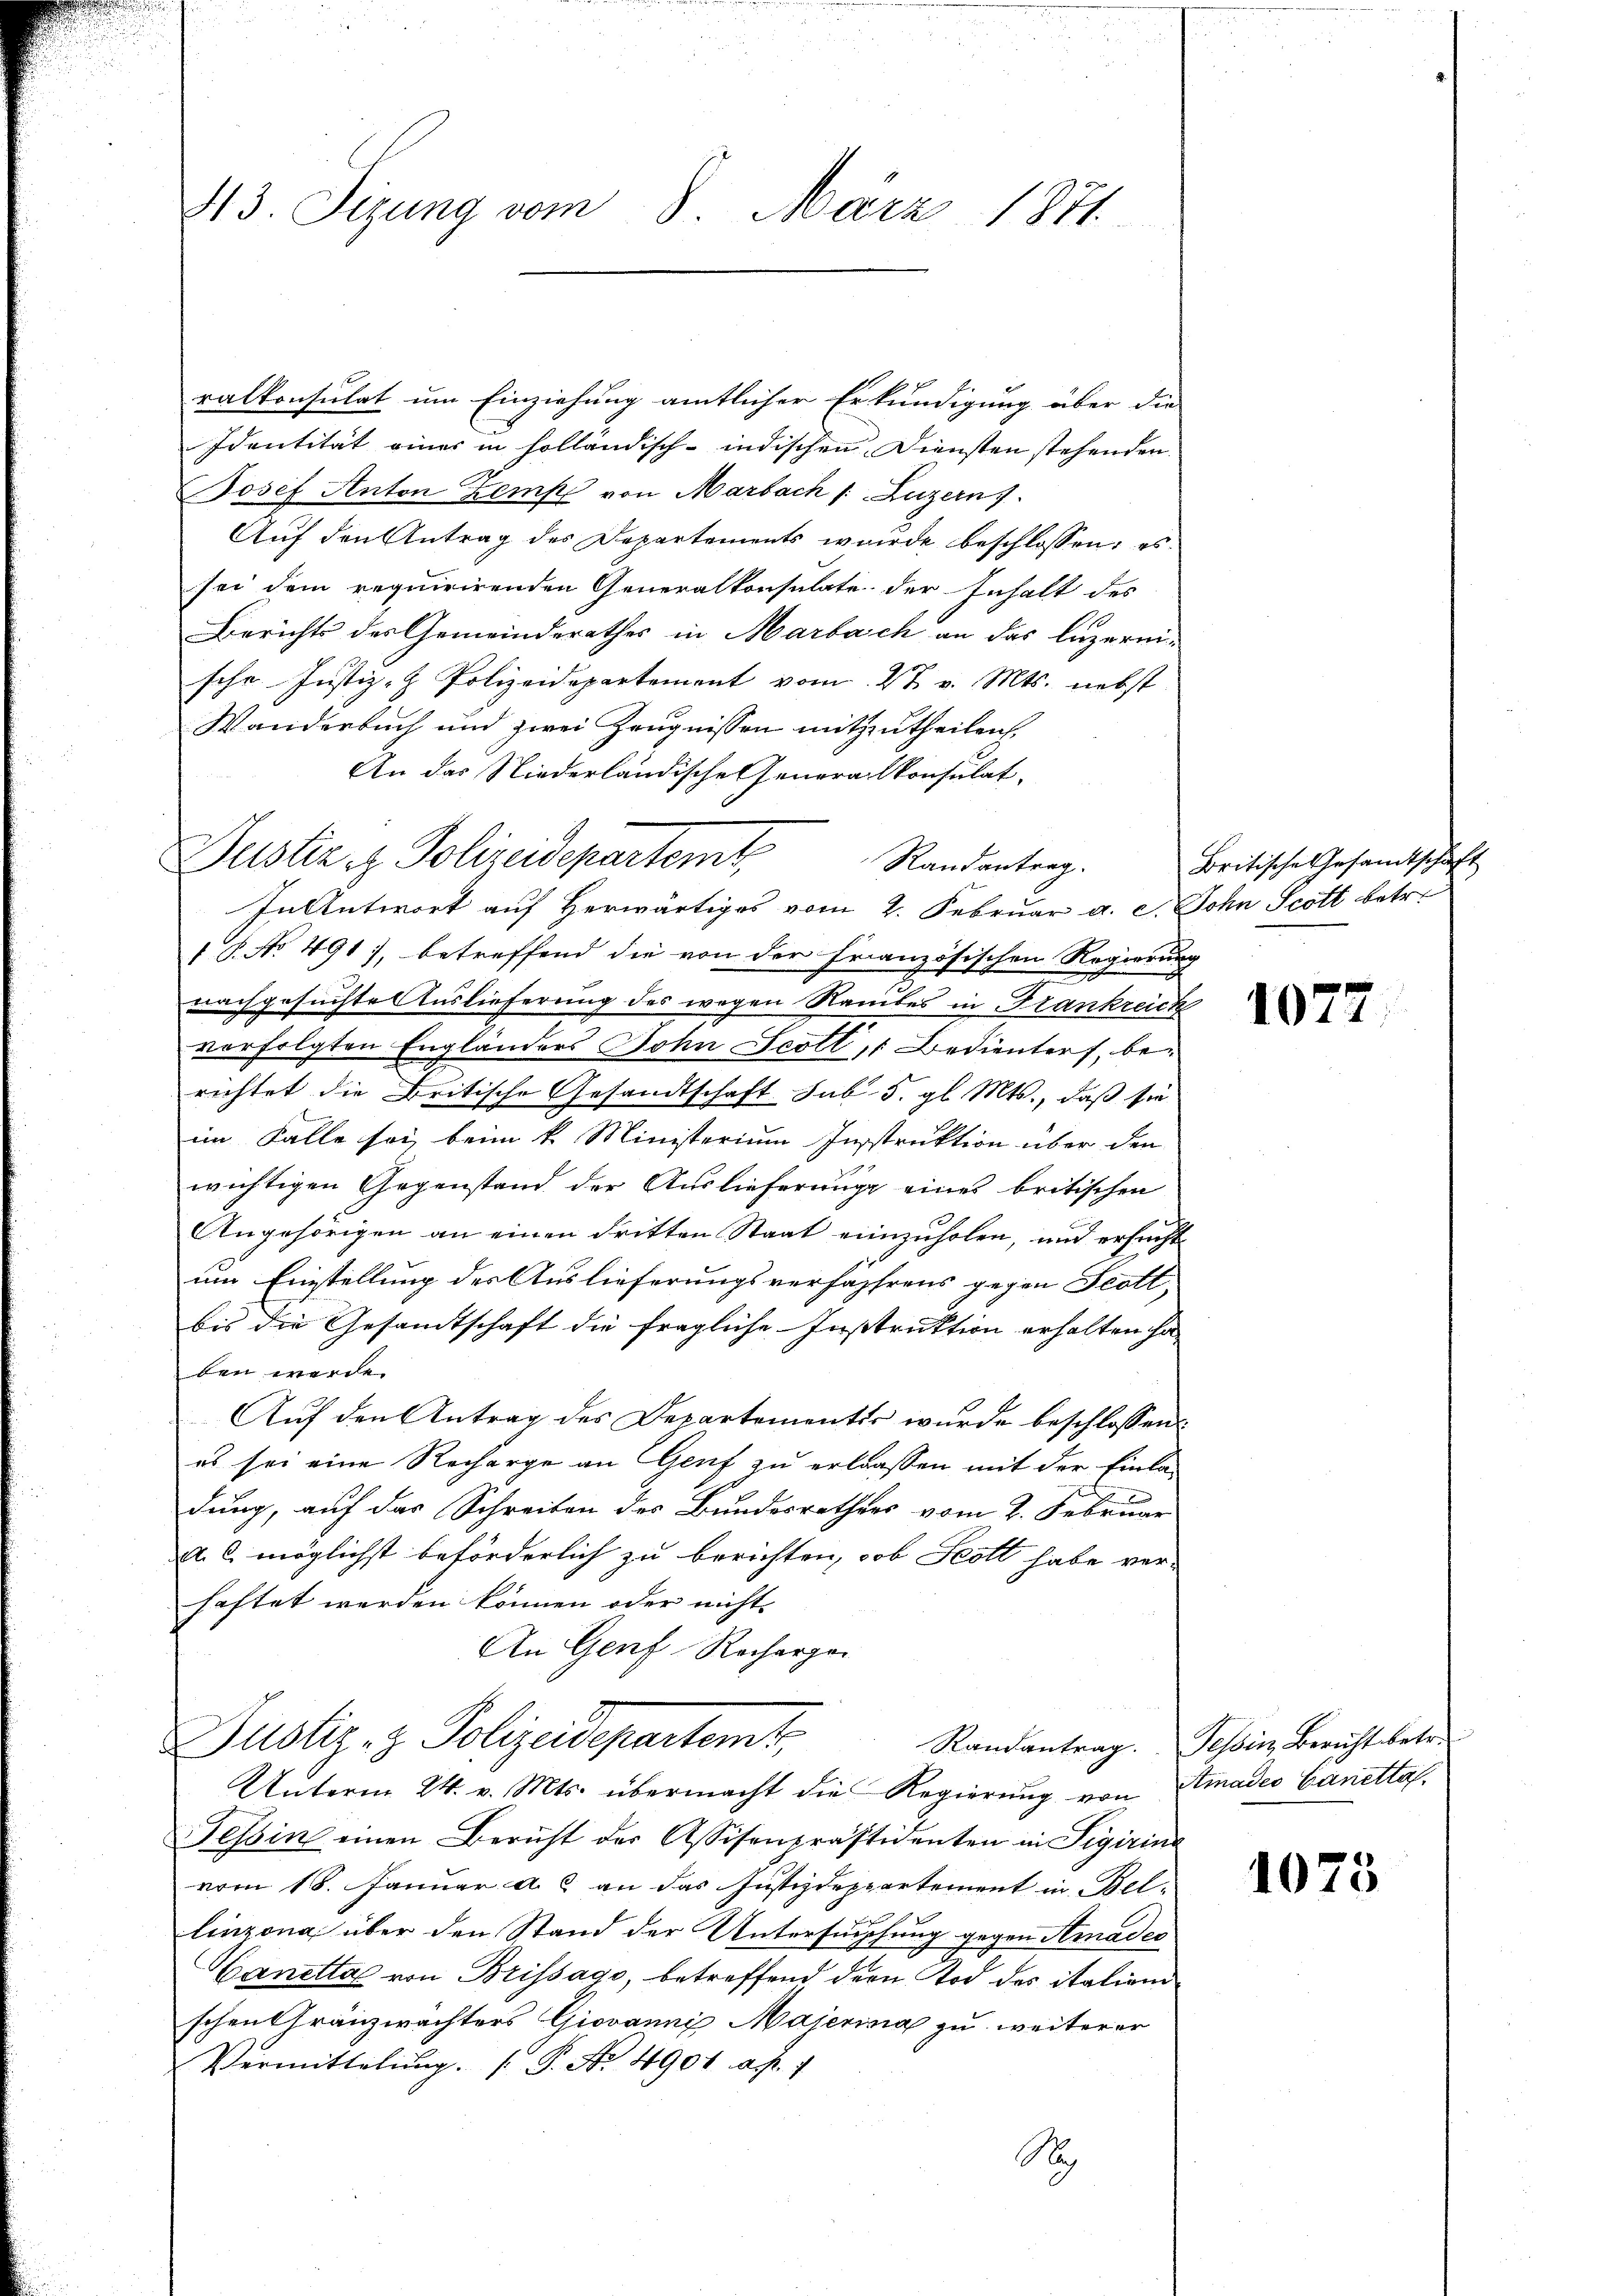
43. Sizung vom 8. März 1871.

ralkonsulat um Einziehung amtlicher Erkundigung über die
Identität eines in holländisch-indischen Diensten stehenden
Josef Anton Kemp von Marbach /: Luzern
Auf den Antrag des Departements wurde beschlossen: es
sei dem requirirenden Generalkonsulate der Inhalt des
Berichts der Gemeinderathes in Marbach an das Luzern-
sche Justiz- & Polizeidepartement vom 2t v. Mts. nebst
Wanderbuch und zwei Zeugnissen mitzutheilen,
An das Niederländische Generalkonsulat,
In Antwort auf Herwärtiges vom 2. Februar a. c. Sohn Scott betr.
1 S. No 491), betreffend die von der Französischen Regierung
nachgesuchte Auslieferung des wegen Raubes in Frankreich
verfolgten Engländers John Scott, 1 Bedienters, berichtet die Britische Gesandtschaft sub. 5. gl. Mts., daß sie
im Falle sei, beim k. Ministerium Instruktion über den
wichtigen Gegenstand der Auslieferung eines britischen
Angehörigen an einen dritten Staat einzuholen, und ersucht
um Einstellung des Auslieferungsverfährens gegen Scott,
bis die Gesandtschaft die fragliche Instruktion erhalten ha
ben werde.
Aŭf den Antrag des Departementer wurde beschlossen:
es sei eine Recharge an Genf zu erlassen mit der Einladung, auf das Schreiben des Bundesrathes vom 2. Februar
A. C möglichst beförderlich zu berichten, ob Scott habe ver-
haftet werden können oder nichts
An Genf Recharger
Justiz- & Polizeidepartemt,
Randantrag. Tessin, Bericht betr.
Unterm 24. v. Mts. übermacht die Regierung von Stiades Canettaf
Tessin einen Bericht der Assisenpräsidenten in Sigirin
vom 18. Januar a. c. an das Justizdeppartement in Bel-
linzona über den Stand der Untersuchung gegen Amadec
Canetta von Brissago, betreffend der Tod des italien
schen Gränzwachters Giovanni Majerina zu weiterer
Vermittelung. (T. No. 4901 a.h.
S

Puster u. Polizeidepartemt
Randantrag.

Britische Gesamtschaft

1077

1075